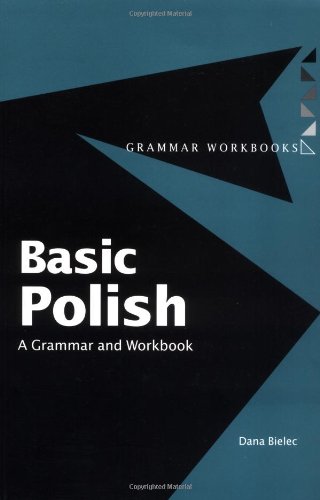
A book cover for Basic Polish: A Grammar and Workbook (Grammar Workbooks); Dana Bielec; Reference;